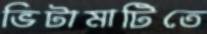
ভিটামাটিতে